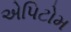
એપિટોમ